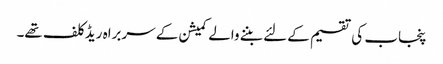
پنجاب کی تقسیم کے لئے بننے والے کمیشن کے سربراہ ریڈ کلف تھے۔